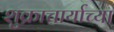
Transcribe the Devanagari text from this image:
शुक्राचार्याच्या